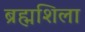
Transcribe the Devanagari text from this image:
ब्रह्मशिला